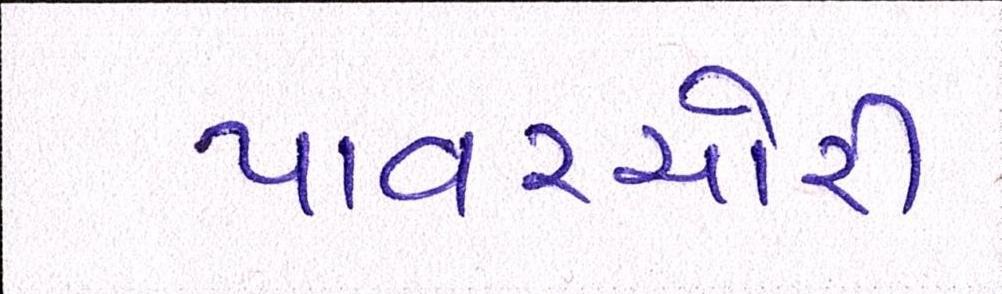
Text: પાવરચોરી